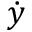
\dot { y }